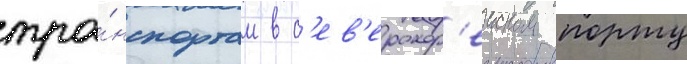
тра́нспортам в с'ев'ерокор'еиском порту